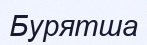
Бурятша